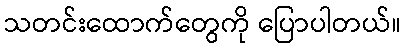
သတင်းထောက်တွေကို ပြောပါတယ်။